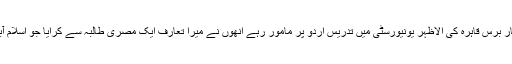
استاد محترم ڈاکٹر نثار احمد قریشی (مرحوم)جو چار برس قاہرہ کی الاظہر یونیورسٹی میں تدریس اردو پر مامور رہے انھوں نے میرا تعارف ایک مصری طالبہ سے کرایا جو اسلام آباد میں اردو افسانے پر تحقیقی مقالہ لکھ رہی تھیں۔